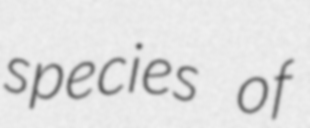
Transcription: species of